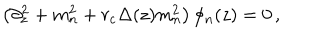
LaTeX: \left( \partial _ { z } ^ { 2 } + m _ { n } ^ { 2 } + r _ { c } \Delta ( z ) m _ { n } ^ { 2 } \right) \phi _ { n } ( z ) = 0 \, ,